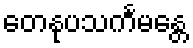
တေနုပသင်္ကမန္တေ